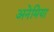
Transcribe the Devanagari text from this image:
अनेमिया